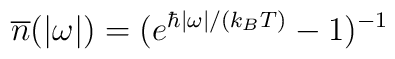
{\overline n}(|\omega|)=(e^{\hbar|\omega|/(k_B T)} -1)^{-1}